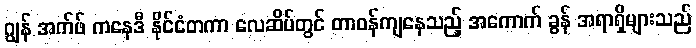
ဂျွန် အက်ဖ် ကနေဒီ နိုင်ငံတကာ လေဆိပ်တွင် တာဝန်ကျနေသည့် အကောက် ခွန် အရာရှိများသည်